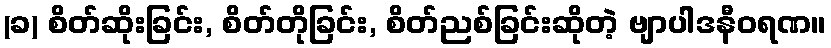
(ခ) စိတ်ဆိုးခြင်း, စိတ်တိုခြင်း, စိတ်ညစ်ခြင်းဆိုတဲ့ ဗျာပါဒနီဝရဏ။